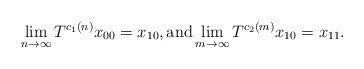
\begin{align*}\lim_{n\to\infty}T^{c_1(n)}x_{00}=x_{10}, \textup{and} \lim_{m\to\infty}T^{c_2(m)}x_{10}=x_{11}.\end{align*}